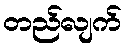
တည်လျက်